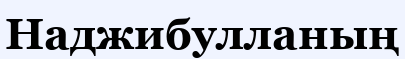
Наджибулланың